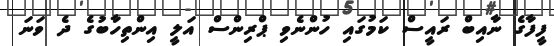
ފީީފާގެ ނާއިބް ރައީސް ކަމުގައި ހުންނެވި ޕްރިންސް އަލީ އިންތިހާބުގެ ދެ ވަނަ